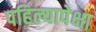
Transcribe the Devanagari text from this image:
पहिल्यापेक्षा